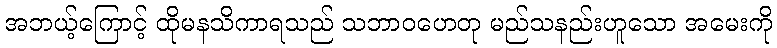
အဘယ့်ကြောင့် ထိုမနသိကာရသည် သဘာဝဟေတု မည်သနည်းဟူသော အမေးကို